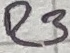
Text: R3